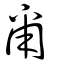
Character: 甭